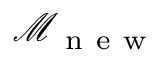
\mathcal { M } _ { \mathrm { ~ n ~ e ~ w ~ } }